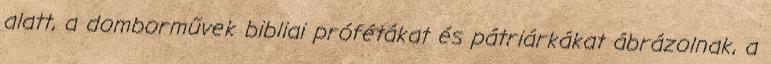
alatt, a domborművek bibliai prófétákat és pátriárkákat ábrázolnak, a